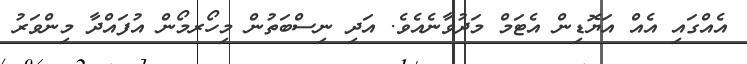
އެއްގައި އެއް އަޔޮޑިން އެޓަމް މަދުވާނެއެވެ. އަދި ނިސްބަތުން މިހޯރމޯން އުފައްދާ މިންވަރު